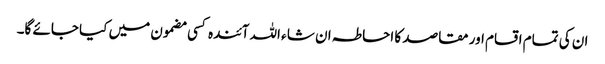
ان کی تمام اقسام اور مقاصد کا احاطہ ان شا ء اللہ آئندہ کسی مضمون میں کیا جائے گا۔